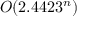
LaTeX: O ( 2 . 4 4 2 3 ^ { n } )